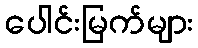
ပေါင်းမြက်များ